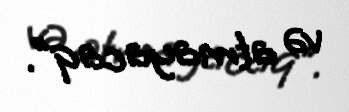
və atmayacaq”.